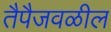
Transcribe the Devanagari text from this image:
तैपैजवळील